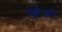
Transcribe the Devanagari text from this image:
खो़जने